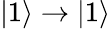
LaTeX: |1\rangle\rightarrow|1\rangle